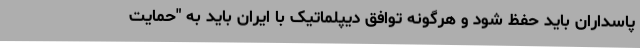
پاسداران باید حفظ شود و هرگونه توافق دیپلماتیک با ایران باید به "حمایت